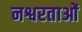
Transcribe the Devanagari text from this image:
नश्वरताओं